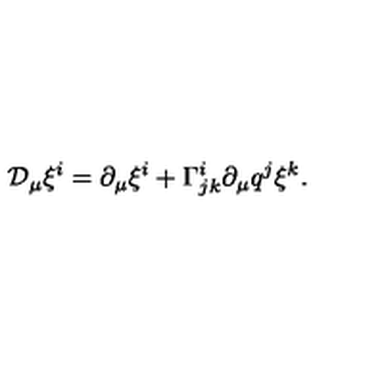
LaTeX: { \cal D } _ { \mu } \xi ^ { i } = \partial _ { \mu } \xi ^ { i } + \Gamma _ { j k } ^ { i } \partial _ { \mu } q ^ { j } \xi ^ { k } .